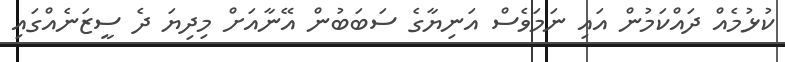
ކުޅުމެއް ދައްކަމުން އައި ނަމަވެސް އަނިޔާގެ ސަބަބުން އޭނާއަށް މިދިޔަ ދެ ސީޒަނެއްގައި